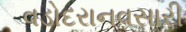
વડોદરાનવસારી